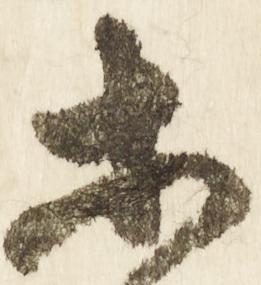
等